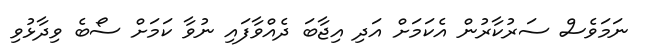
ނަމަވެސް ސަރުކާރުން އެކަމަށް އަދި އިޖާބަ ދެއްވާފައި ނުވާ ކަމަށް ސޯބެ ވިދާޅުވި